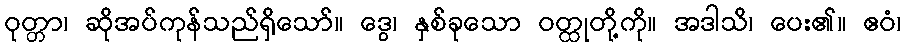
ဝုတ္တာ၊ ဆိုအပ်ကုန်သည်ရှိသော်။ ဒွေ၊ နှစ်ခုသော ဝတ္ထုတို့ကို။ အဒါသိ၊ ပေး၏။ ဧဝံ၊